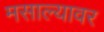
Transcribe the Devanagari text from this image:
मसाल्यावर